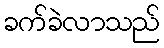
ခက်ခဲလာသည်